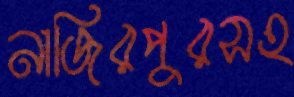
নাজিরপুরসহ